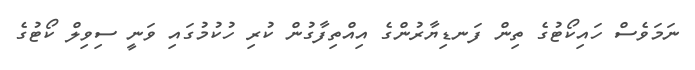
ނަމަވެސް ހައިކޯޓުގެ ތިން ފަނޑިޔާރުންގެ އިއްތިފާގުން ކުރި ހުކުމުގައި ވަނީ ސިވިލް ކޯޓުގެ